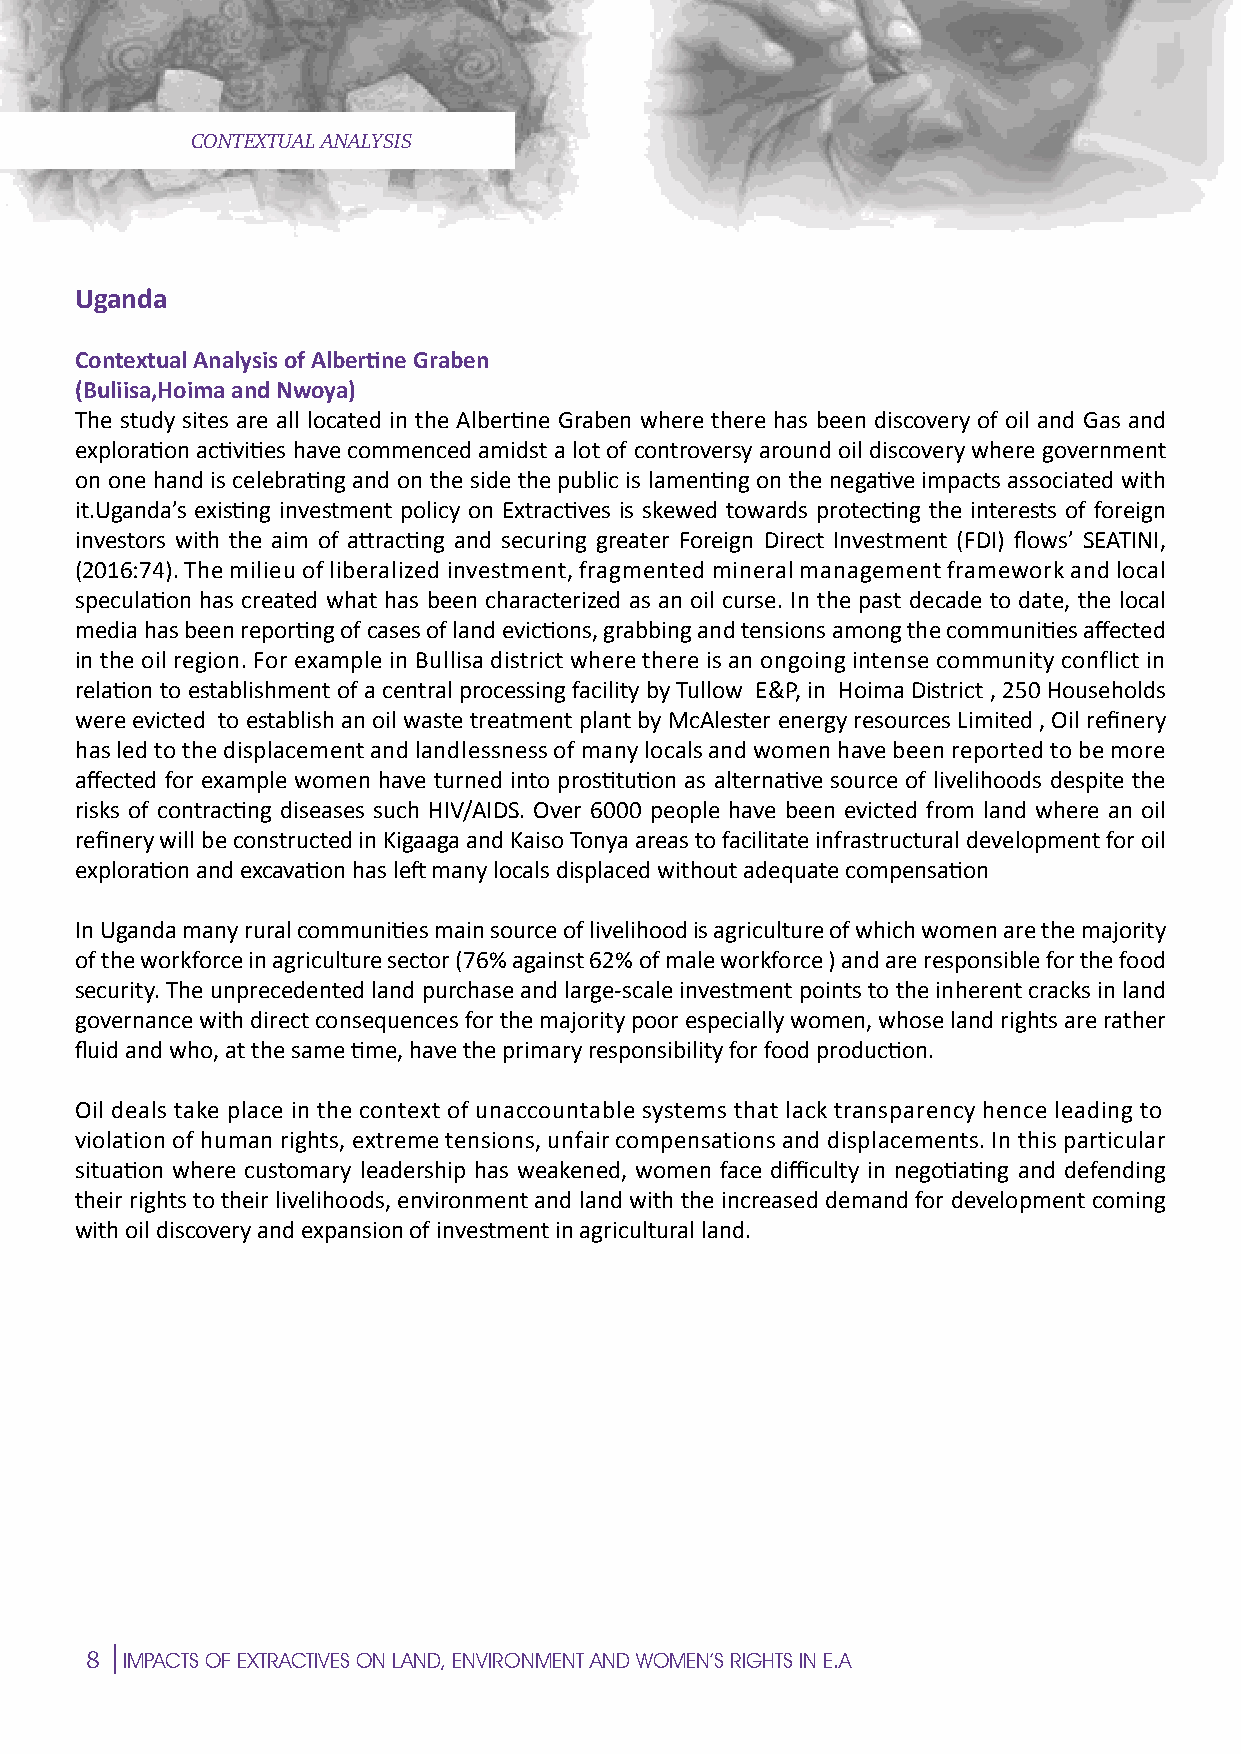
CONTEXTUAL ANALYSIS                         N
 Uganda
 S
 E
 Contextual Analysis of Albertine Graben
 (Buliisa,Hoima and Nwoya)
 The study sites are all located in the Albertine Graben where there has been discovery of oil and Gas and
 exploration activities have commenced amidst a lot of controversy around oil discovery where government P
 on one hand is celebrating and on the side the public is laMmenting on the negative impacts associated with
 it.Uganda’s existing investment policy on Extractives is skewed towards protecting the interests of foreign
 investors with the aim of attracting and securing greater Foreign Direct Investment (FDI) flows’ SEATINI,
 (2016:74). The milieu of liberalized investment, fragmented mineral management framework and local
 speculation has created what has been characterized as an oil curse. In the past decade to date, the local E
 media has been reporting of cases of land evictions, grabbing and tensions among the communities affected
 in the oil region. For example in Bullisa district where there is an ongoing intense community conflict in
 relation to establishment of a central processinEg facility by Tullow E&P, in Hoima District , 250 Households
 were evicted to establish an oil waste treatment plant by McAlester energy resources Limited , Oil refinery
 has led to the displacement and landlessness of many locals and women have been reported to be more  C
 affected for example women have turned into prostitution as alternative source of livelihoods despite the
 risks of contracting diseases such HIV/AIDS. Over 6000 people have been evicted from land where an oil
 refinery will be constructed in Kigaaga and Kaiso Tonya areas to facilitate infrastructural development for oil
 I                                                                                   I
 exploration and excavation has left many locals displaced without adequate compensation
 In Uganda many rural communitiCes main source of livelihood is agriculture of which women are the majority
 of the workforce in agriculture sector (76% against 62% of male workforce ) and are responsible for the food
 security. The unprecedented land purchase and large-scale investment points to the inherent cracks in land
 E
 governance with direct consequences for the majority poor especially women, whose land rights are rather
 fluid and who, at the same time, have the primary responsibility for food production.
 Oil deals take place inE the context of unaccountable systems that lack transparency hence leading to
 violation of human rights, extreme tensions, unfair compensations and displacements. In this particular
 M
 situation where customary leadership has weakened, women face difficulty in negotiating and defending
 their rights to their livelihoods, environment and land with the increased demand for development coming
 with oil discovery and expansion of investment in agricultural land.
 P
 E
 S
 N
 8
 IMPACTS OF EXTRACTIVES ON LAND, ENVIRONMENT AND WOMEN’S RIGHTS IN E.A